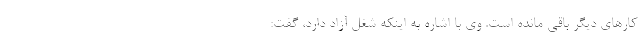
کارهای دیگر باقی مانده است. وی با اشاره به اینکه شغل آزاد دارد، گفت: